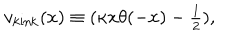
v _ { \mathrm { k i n k } } ( x ) \equiv ( \kappa x \theta ( - x ) - { \textstyle { \frac { 1 } { 2 } } } ) ,